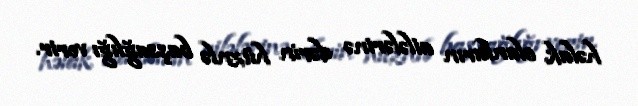
həlak olanların ailələrinə dərin hüznlə başsağlığı verir.